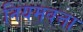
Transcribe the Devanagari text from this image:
नियमवत्ता